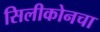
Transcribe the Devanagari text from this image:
सिलीकोनचा